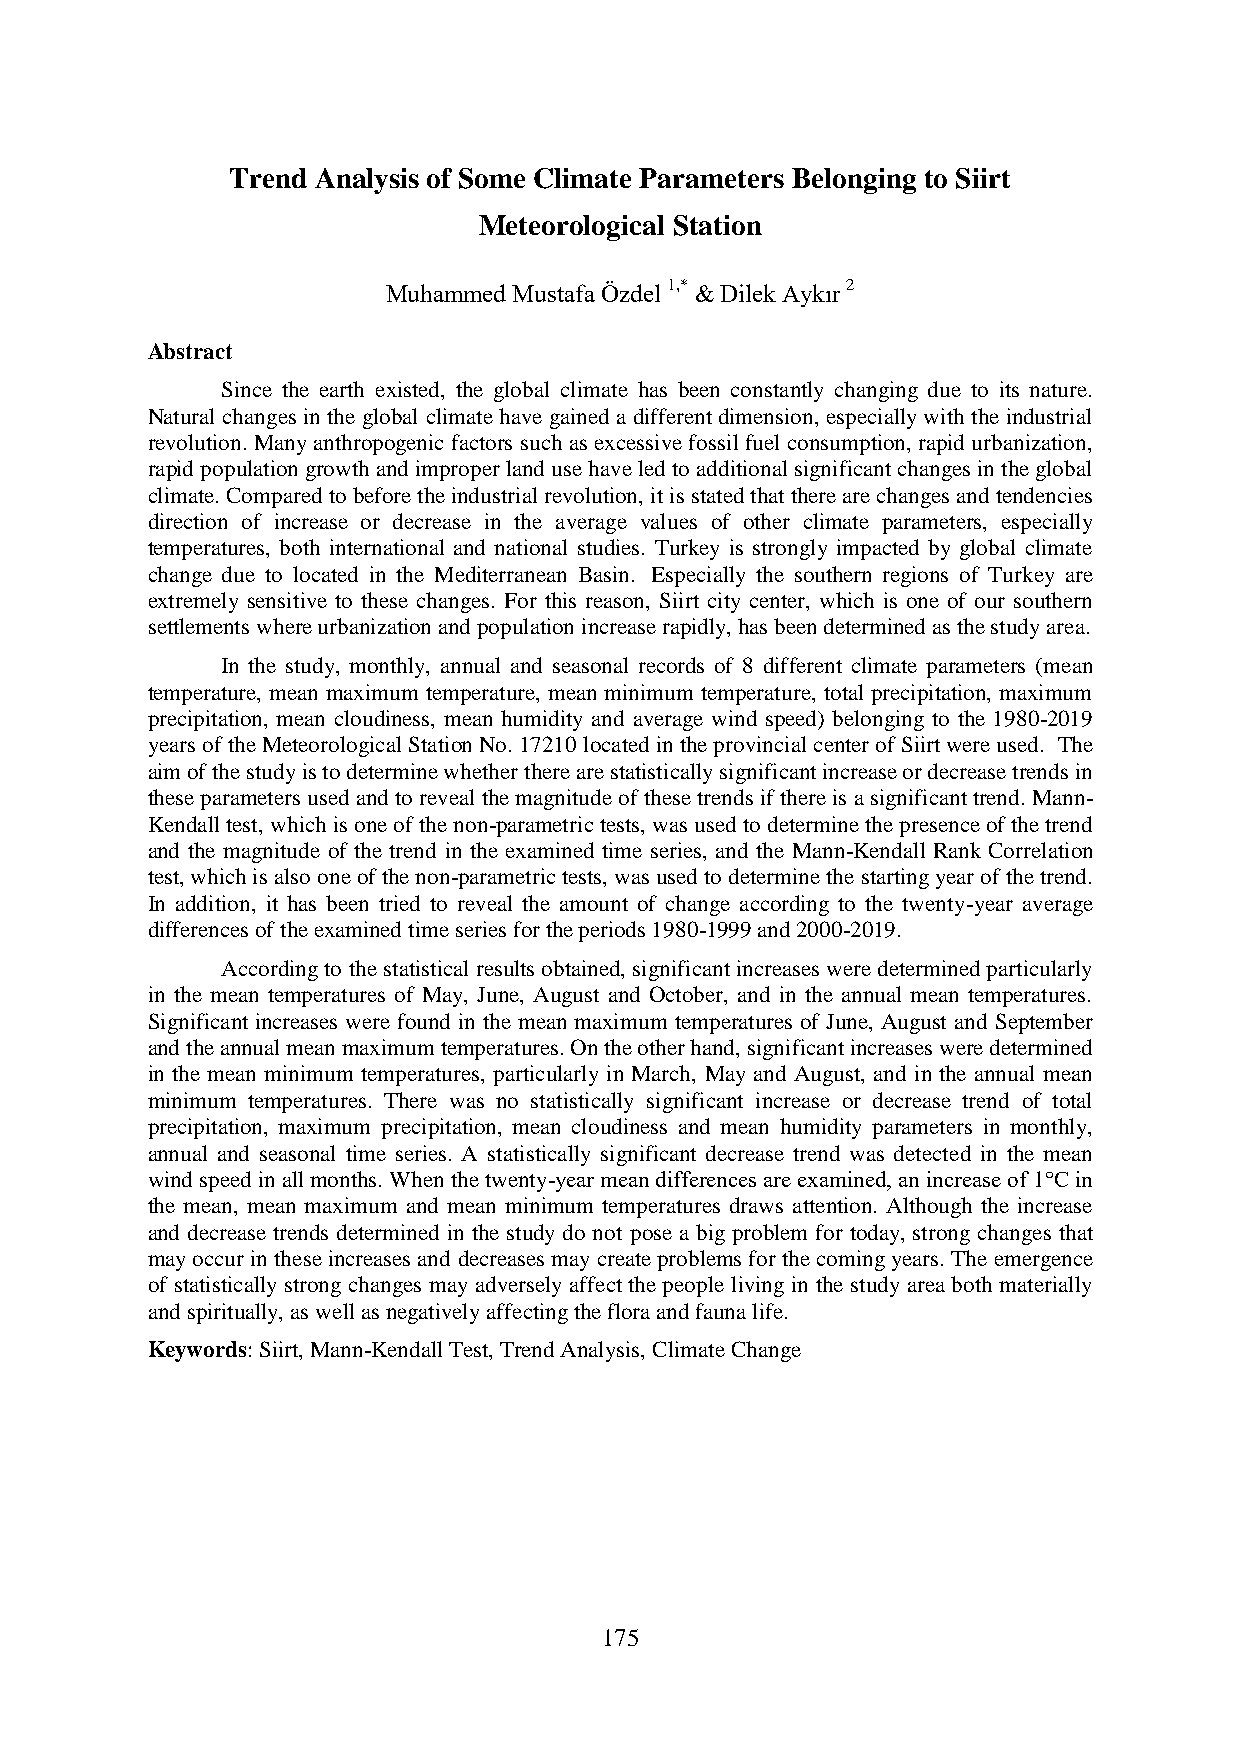
Trend Analysis of Some Climate Parameters Belonging to Siirt
 Meteorological Station
 Muhammed Mustafa Özdel 1,* & Dilek Aykır 2
 Abstract
 Since the earth existed, the global climate has been constantly changing due to its nature.
 Natural changes in the global climate have gained a different dimension, especially with the industrial
 revolution. Many anthropogenic factors such as excessive fossil fuel consumption, rapid urbanization,
 rapid population growth and improper land use have led to additional significant changes in the global
 climate. Compared to before the industrial revolution, it is stated that there are changes and tendencies
 direction of increase or decrease in the average values of other climate parameters, especially
 temperatures, both international and national studies. Turkey is strongly impacted by global climate
 change due to located in the Mediterranean Basin. Especially the southern regions of Turkey are
 extremely sensitive to these changes. For this reason, Siirt city center, which is one of our southern
 settlements where urbanization and population increase rapidly, has been determined as the study area.
 In the study, monthly, annual and seasonal records of 8 different climate parameters (mean
 temperature, mean maximum temperature, mean minimum temperature, total precipitation, maximum
 precipitation, mean cloudiness, mean humidity and average wind speed) belonging to the 1980-2019
 years of the Meteorological Station No. 17210 located in the provincial center of Siirt were used. The
 aim of the study is to determine whether there are statistically significant increase or decrease trends in
 these parameters used and to reveal the magnitude of these trends if there is a significant trend. Mann-
 Kendall test, which is one of the non-parametric tests, was used to determine the presence of the trend
 and the magnitude of the trend in the examined time series, and the Mann-Kendall Rank Correlation
 test, which is also one of the non-parametric tests, was used to determine the starting year of the trend.
 In addition, it has been tried to reveal the amount of change according to the twenty-year average
 differences of the examined time series for the periods 1980-1999 and 2000-2019.
 According to the statistical results obtained, significant increases were determined particularly
 in the mean temperatures of May, June, August and October, and in the annual mean temperatures.
 Significant increases were found in the mean maximum temperatures of June, August and September
 and the annual mean maximum temperatures. On the other hand, significant increases were determined
 in the mean minimum temperatures, particularly in March, May and August, and in the annual mean
 minimum temperatures. There was no statistically significant increase or decrease trend of total
 precipitation, maximum precipitation, mean cloudiness and mean humidity parameters in monthly,
 annual and seasonal time series. A statistically significant decrease trend was detected in the mean
 wind speed in all months. When the twenty-year mean differences are examined, an increase of 1°C in
 the mean, mean maximum and mean minimum temperatures draws attention. Although the increase
 and decrease trends determined in the study do not pose a big problem for today, strong changes that
 may occur in these increases and decreases may create problems for the coming years. The emergence
 of statistically strong changes may adversely affect the people living in the study area both materially
 and spiritually, as well as negatively affecting the flora and fauna life.
 Keywords: Siirt, Mann-Kendall Test, Trend Analysis, Climate Change
 175